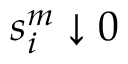
s _ { i } ^ { m } \downarrow 0